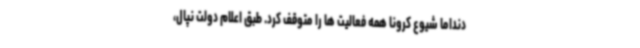
دنداما شیوع کرونا همه فعالیت ها را متوقف کرد. طبق اعلام دولت نپال،